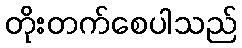
တိုးတက်စေပါသည်